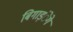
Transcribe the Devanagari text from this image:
बिगाड़ंेगे